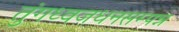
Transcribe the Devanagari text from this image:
तुंगध्वजधनसम्पन्न